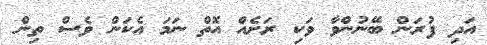
އަދި ފުރަން ބޭނުންވާ ވަކި ރަށެއް އޮތް ނަމަ އެކަން ވެސް ތިން